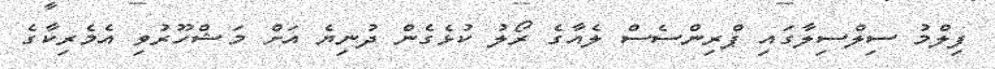
ފިލްމު ސިލްސިލާގައި ޕްރިންސެސް ލެއާގެ ރޯލު ކުޅެގެން ދުނިޔެ އަށް މަޝްހޫރުވި އެމެރިކާގެ